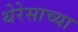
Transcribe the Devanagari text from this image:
थेरेसाच्या